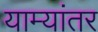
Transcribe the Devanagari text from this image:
याम्यांतर